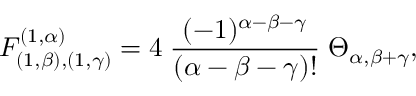
F _ { ( 1 , \beta ) , ( 1 , \gamma ) } ^ { ( 1 , \alpha ) } = 4 \; \frac { ( - 1 ) ^ { \alpha - \beta - \gamma } } { ( \alpha - \beta - \gamma ) ! } \; \Theta _ { \alpha , \beta + \gamma } ,